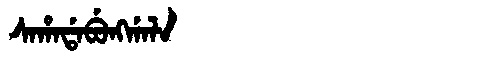
Manchu: ᠰᠠᡥᠠᡩᠠᠪᡠᠩᡤᠠᠯᠠ
Romanization: SAHADABUNGGALA